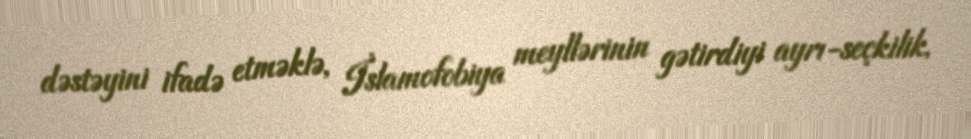
dəstəyini ifadə etməklə, İslamofobiya meyllərinin gətirdiyi ayrı-seçkilik,